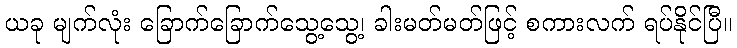
ယခု မျက်လုံး ခြောက်ခြောက်သွေ့သွေ့၊ ခါးမတ်မတ်ဖြင့် စကားလက် ရပ်နိုင်ပြီ။